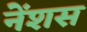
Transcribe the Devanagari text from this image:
नेंशस